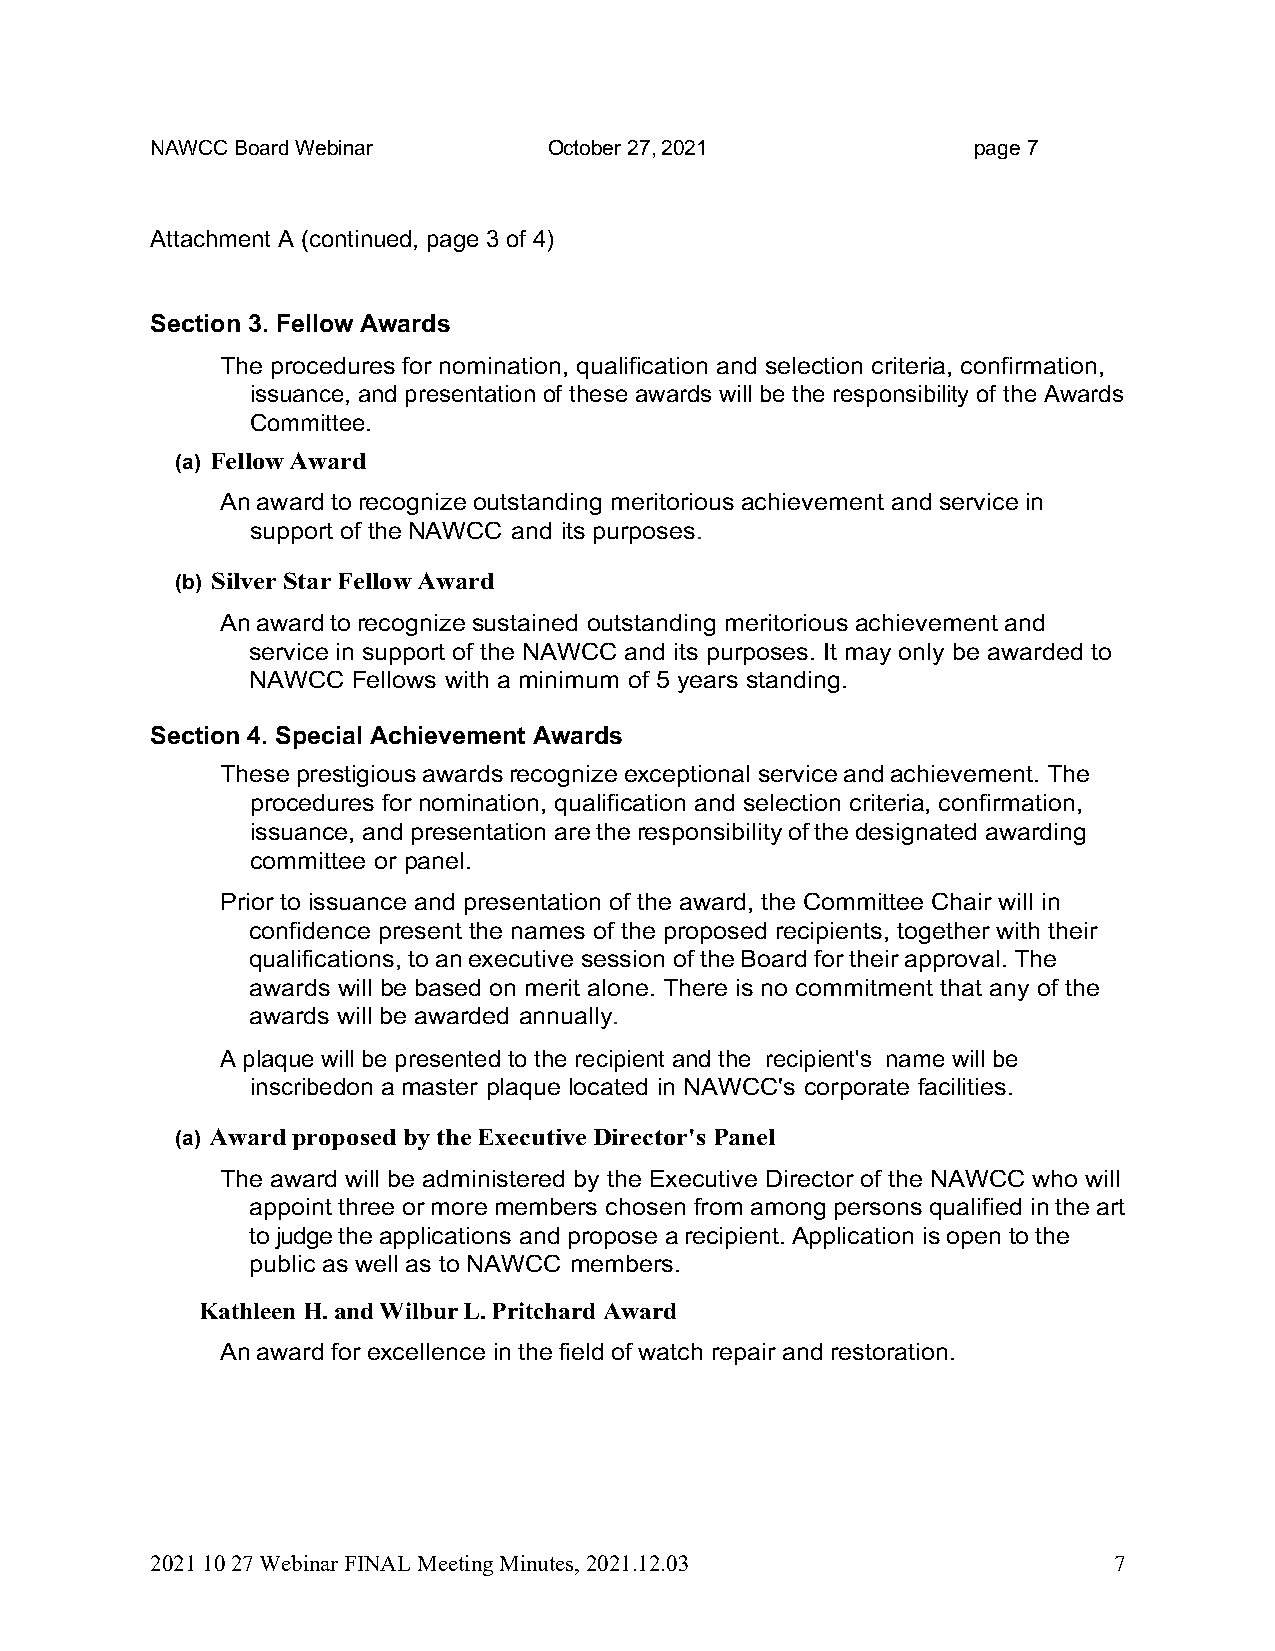
NAWCC Board Webinar       October 27, 2021             page 7
 Attachment A (continued, page 3 of 4)
 Section 3. Fellow Awards
 The procedures for nomination, qualification and selection criteria, confirmation,
 issuance, and presentation of these awards will be the responsibility of the Awards
 Committee.
 (a) Fellow Award
 An award to recognize outstanding meritorious achievement and service in
 support of the NAWCC and its purposes.
 (b) Silver Star Fellow Award
 An award to recognize sustained outstanding meritorious achievement and
 service in support of the NAWCC and its purposes. It may only be awarded to
 NAWCC Fellows with a minimum of 5 years standing.
 Section 4. Special Achievement Awards
 These prestigious awards recognize exceptional service and achievement. The
 procedures for nomination, qualification and selection criteria, confirmation,
 issuance, and presentation are the responsibility of the designated awarding
 committee or panel.
 Prior to issuance and presentation of the award, the Committee Chair will in
 confidence present the names of the proposed recipients, together with their
 qualifications, to an executive session of the Board for their approval. The
 awards will be based on merit alone. There is no commitment that any of the
 awards will be awarded annually.
 A plaque will be presented to the recipient and the recipient's name will be
 inscribed on a master plaque located in NAWCC's corporate facilities.
 (a) Award proposed by the Executive Director's Panel
 The award will be administered by the Executive Director of the NAWCC who will
 appoint three or more members chosen from among persons qualified in the art
 to judge the applications and propose a recipient. Application is open to the
 public as well as to NAWCC members.
 Kathleen H. and Wilbur L. Pritchard Award
 An award for excellence in the field of watch repair and restoration.
 2021 10 27 Webinar FINAL Meeting Minutes, 2021.12.03            7